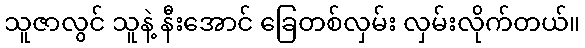
သူဇာလွင် သူနဲ့ နီးအောင် ခြေတစ်လှမ်း လှမ်းလိုက်တယ်။